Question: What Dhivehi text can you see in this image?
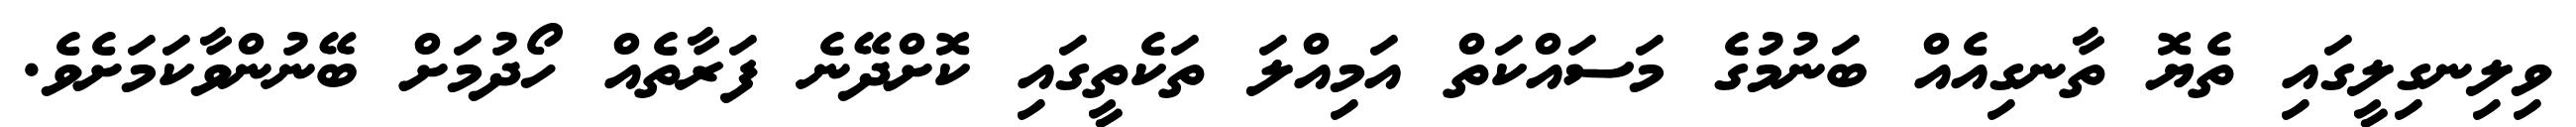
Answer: ވިލިނގިލީގައި ތެޔޮ ތާނގިއެއް ބަނުމުގެ މަސައްކަތް އަމިއްލަ ތަކެތީގައި ކޮށްދޭނެ ފަރާތެއް ހޯދުމަށް ބޭނުންވާކަމަށެވެ.